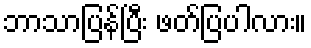
ဘာသာပြန်ပြီး ဖတ်ပြပါလား။